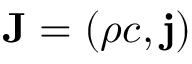
\mathbf { J } = \left( \rho c , \mathbf { j } \right)